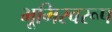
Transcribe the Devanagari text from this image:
भूमिस्वरूप